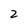
Character: 2